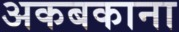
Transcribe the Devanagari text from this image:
अकबकाना